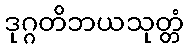
ဒုဂ္ဂတိဘယသုတ္တံ